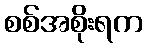
စစ်အစိုးရက